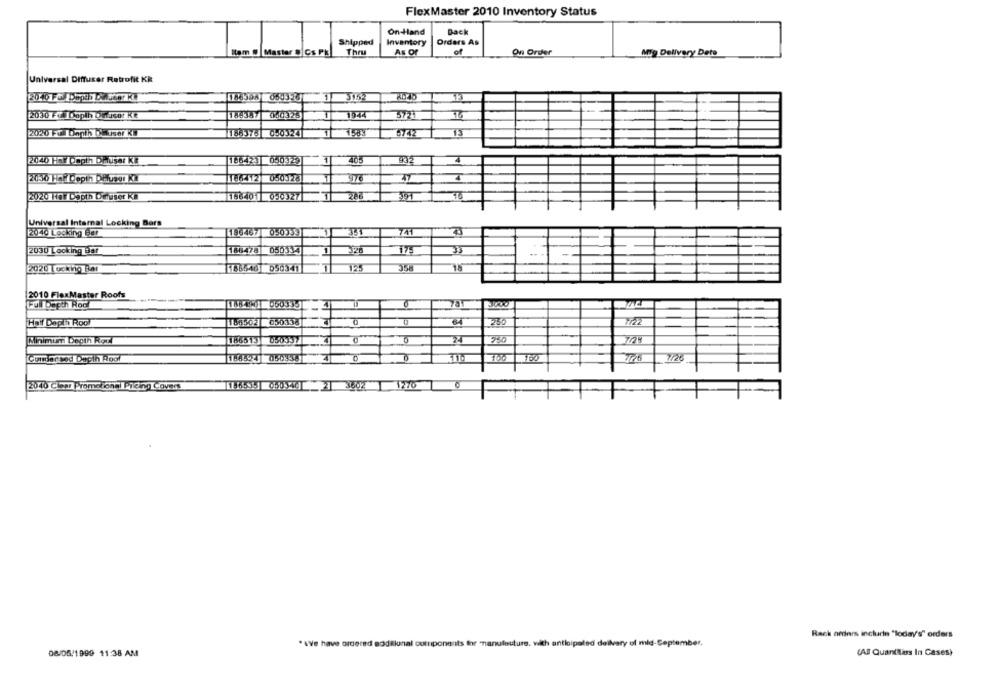
FlexMaster 2010 Inventory Status
On-Hand
Dack
Shipped
Inventory
Orders As
Stam # Master # Cs Pk
Thru
As Of
of
On Order
Mig Delivery Deto
Universal Diffuser Retrofit KR
18639A
650326
2030 FŰ Doplh Difusor Ke
18438
000325
1944
316
2020 Full Depth Ofuser KI
186
1.83
15
2040 Hal ongth Difuser KR
186423
050-29
408
2030 Hof Depin DHuser KI
186-112
050128
976
166401
2020 Her Depth Dieuser KB
0503271
Universal Internal Locking Bars
2040 Locking Ber
195467 050339
3.1
741
2030 Locking Bar
175
2020 Luchtho Bar
166640 050341
FHF
125
358
2010 FlexMaster Roofs
Full Depth Roc
78
HoY Dap in Roo
180502
7/22
Minimum Depth Rot
186513
24
7/29
Cunder sed Depin Root
2
2040 Clher Prometona Pilcing Covers
3602
1770
Rack orders include "Today's" orders
. we have ordered additional components for nanuluuture, with anticipated dellvary of mid-September,
08/06/1999 11:38 AM
(All Quantass In Cases)